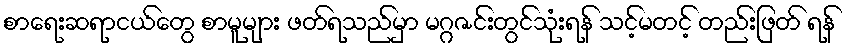
စာရေးဆရာငယ်တွေ စာမူများ ဖတ်ရသည်မှာ မဂ္ဂဇင်းတွင်သုံးရန် သင့်မတင့် တည်းဖြတ် ရန်